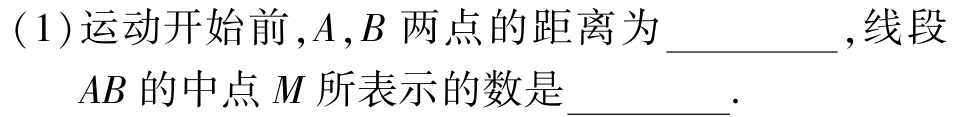
(1)运动开始前，\(A\)，\(B\) 两点的距离为__________，线段\(AB\)的中点\(M\)所表示的数是__________.